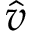
\hat { v }